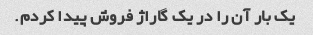
یک بار آن را در یک گاراژ فروش پیدا کردم.